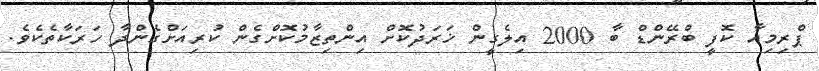
ޕްރިމިއާ ކޮފީ ބްރޭންޑް ބާ 2000 އިލެގީން ޚަރަދުކޮށް އިންތިޒާމުކޮށްގެން ކުރިއަށްގެންދާ ހަރަކާތެކެވެ.